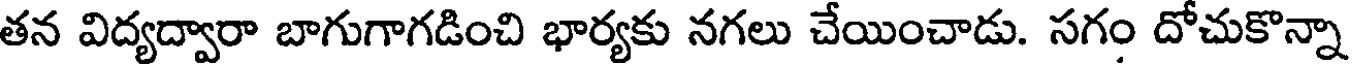
తన విద్యద్వారా బాగుగాగడించి భార్యకు నగలు చేయించాడు. సగం దోచుకొన్నా